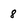
Character: 8